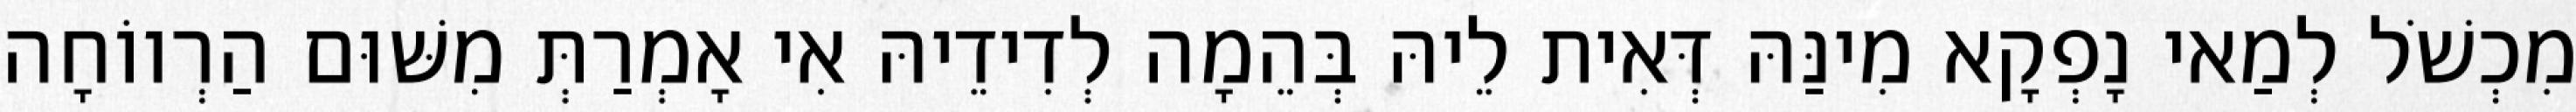
מִכְשֹׁל לְמַאי נָפְקָא מִינַּהּ דְּאִית לֵיהּ בְּהֵמָה לְדִידֵיהּ אִי אָמְרַתְּ מִשּׁוּם הַרְווֹחָה